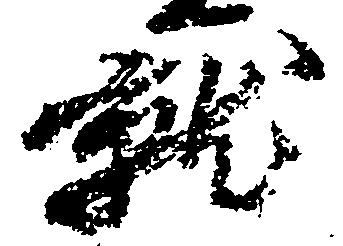
就